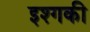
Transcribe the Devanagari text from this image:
इश्गकी